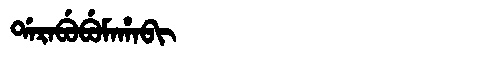
Manchu: ᡩᠠᡵᠠᠪᡠᠪᡠᠮᠠᡥᠠᠪᡳ
Romanization: DARABUBUMAHABI